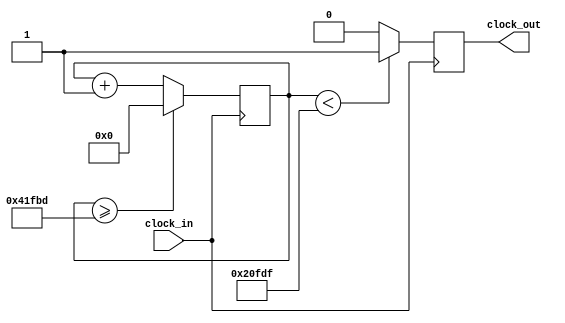
`timescale 1ns / 1ps
//////////////////////////////////////////////////////////////////////////////////
// Company: 
// Engineer: 
// 
// Design Name: 
// Module Name:    fa_sos 
// Project Name: 
// Target Devices: 
// Tool versions: 
// Description: 
//
// Dependencies: 
//
// Revision: 
// Revision 0.01 - File Created
// Additional Comments: 
//
//////////////////////////////////////////////////////////////////////////////////
module fa_sos (input clock_in, output reg clock_out);

reg [27:0]  counter = 28'd0;
parameter DIVISOR = 28'd270270;
always @(posedge clock_in)
begin
counter <= counter + 28'd1;
if (counter >=(DIVISOR-1))
counter <= 28'd0;
clock_out <= (counter<DIVISOR/2)?1'b1:1'b0;

end

endmodule